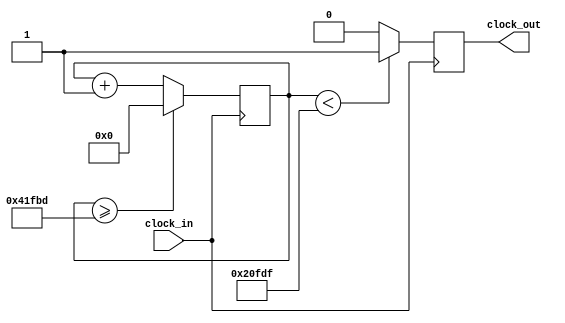
`timescale 1ns / 1ps
//////////////////////////////////////////////////////////////////////////////////
// Company: 
// Engineer: 
// 
// Design Name: 
// Module Name:    fa_sos 
// Project Name: 
// Target Devices: 
// Tool versions: 
// Description: 
//
// Dependencies: 
//
// Revision: 
// Revision 0.01 - File Created
// Additional Comments: 
//
//////////////////////////////////////////////////////////////////////////////////
module fa_sos (input clock_in, output reg clock_out);

reg [27:0]  counter = 28'd0;
parameter DIVISOR = 28'd270270;
always @(posedge clock_in)
begin
counter <= counter + 28'd1;
if (counter >=(DIVISOR-1))
counter <= 28'd0;
clock_out <= (counter<DIVISOR/2)?1'b1:1'b0;

end

endmodule